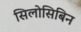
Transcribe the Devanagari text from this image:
सिलोसिबिन